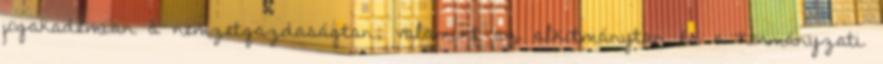
jogakadémián a nemzetgazdaságtan, valamint az alkotmánytan és a kormányzati